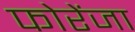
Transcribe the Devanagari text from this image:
फोरेंजा